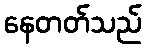
နေတတ်သည်